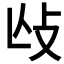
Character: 𢻲